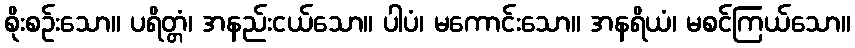
စိုးစဉ်းသော။ ပရိတ္တံ၊ အနည်းငယ်သော။ ပါပံ၊ မကောင်းသော။ အနရိယံ၊ မစင်ကြယ်သော။